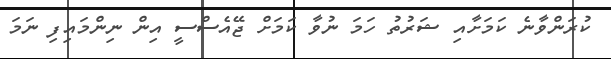
ކުރަންވާނެ ކަމަށާއި ޝަރުތު ހަމަ ނުވާ ކަމަށް ޖޭއެސްސީ އިން ނިންމައިފި ނަމަ